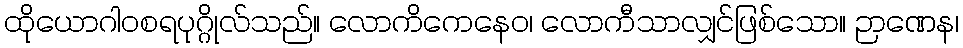
ထိုယောဂါဝစရပုဂ္ဂိုလ်သည်။ လောကိကေနေဝ၊ လောကီသာလျှင်ဖြစ်သော။ ဉာဏေန၊